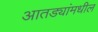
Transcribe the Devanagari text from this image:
आतड्यांमधील